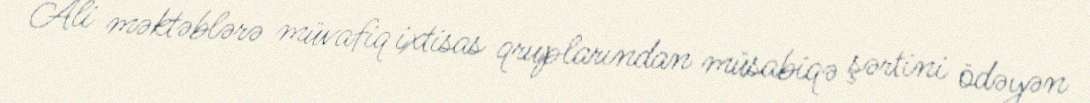
Ali məktəblərə müvafiq ixtisas qruplarından müsabiqə şərtini ödəyən